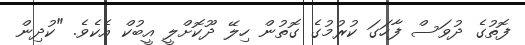
ފޮތުގެ ދުވަސް ފާހަގަ ކުރުމުގެ ގޮތުން ހިލޭ ދޫކޮށްލީ އީބުކް އެކެވެ. "ކުދިން